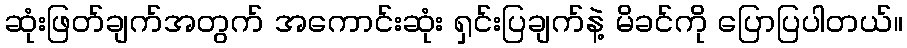
ဆုံးဖြတ်ချက်အတွက် အကောင်းဆုံး ရှင်းပြချက်နဲ့ မိခင်ကို ပြောပြပါတယ်။